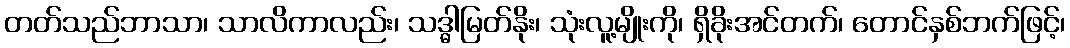
တတ်သည်ဘာသာ၊ သာလိကာလည်း၊ သဒ္ဓါမြတ်နိုး၊ သုံးလူ့မျိုးကို၊ ရှိခိုးအင်တက်၊ တောင်နှစ်ဘက်ဖြင့်၊